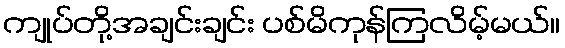
ကျုပ်တို့အချင်းချင်း ပစ်မိကုန်ကြလိမ့်မယ်။